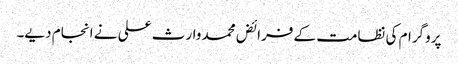
پروگرام کی نظامت کے فرائض محمد وارث علی نے انجام دیے۔